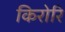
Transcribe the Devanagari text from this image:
किरोरि